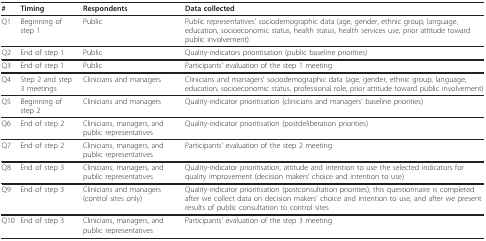
| # | Timing | Respondents | Data collected |
 | --- | --- | --- | --- |
 | Q1 | Beginning of step 1 | Public | Public representatives' sociodemographic data (age, gender, ethnic group, language, education, socioeconomic status, health status, health services use, prior attitude toward public involvement) |
 | Q2 | End of step 1 | Public | Quality-indicators prioritisation (public baseline priorities) |
 | Q3 | End of step 1 | Public | Participants' evaluation of the step 1 meeting |
 | Q4 | Step 2 and step 3 meetings | Clinicians and managers | Clinicians and managers' sociodemographic data (age, gender, ethnic group, language, education, socioeconomic status, professional role, prior attitude toward public involvement) |
 | Q5 | Beginning of step 2 | Clinicians and managers | Quality-indicator prioritisation (clinicians and managers' baseline priorities) |
 | Q6 | End of step 2 | Clinicians, managers, and public representatives | Quality-indicator prioritisation (postdeliberation priorities) |
 | Q7 | End of step 2 | Clinicians, managers, and public representatives | Participants' evaluation of the step 2 meeting |
 | Q8 | End of step 3 | Clinicians, managers, and public representatives | Quality-indicator prioritisation, attitude and intention to use the selected indicators for quality improvement (decision makers' choice and intention to use) |
 | Q9 | End of step 3 | Clinicians and managers (control sites only) | Quality-indicator prioritisation (postconsultation priorities); this questionnaire is completed after we collect data on decision makers' choice and intention to use, and after we present results of public consultation to control sites |
 | Q10 | End of step 3 | Clinicians, managers, and public representatives | Participants' evaluation of the step 3 meeting |